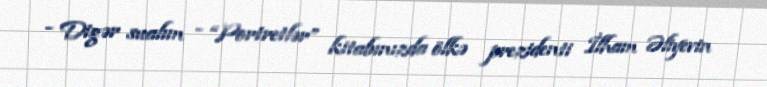
- Digər sualım - “Portretlər” kitabınızda ölkə prezidenti İlham Əliyevin